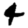
Digit: 4